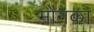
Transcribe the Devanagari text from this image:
मोनका